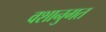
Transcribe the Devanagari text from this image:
वशानुगत